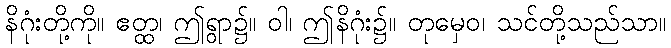
နိဂုံးတို့ကို။ ဧတ္ထ၊ ဤရွာ၌။ ဝါ၊ ဤနိဂုံး၌။ တုမှေဝ၊ သင်တို့သည်သာ။